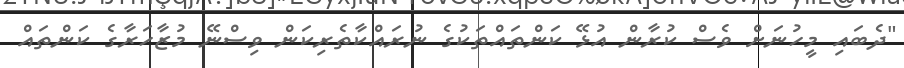
"ދެބައި މީހުނަށް ވެސް ކުރާން އުޅޭ ކަންތައްތަކުގެ ނުރައްކާތެރިކަން ވިސްނޭ މުޒާހަރާގެ ކަންތައް